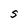
Character: S